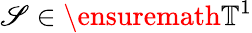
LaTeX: \mathscr{S}\in\ensuremath{{\mathbb{{T}}}}^{1}